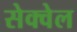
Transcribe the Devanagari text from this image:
सेक्वेल